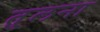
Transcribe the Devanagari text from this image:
तु्लना